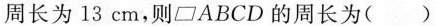
周长为13 cm，则▱ABCD的周长为( )